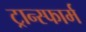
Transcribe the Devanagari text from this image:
ट्रान्स्फार्म